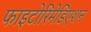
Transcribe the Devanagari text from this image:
फाइटोरिमेडिएशन